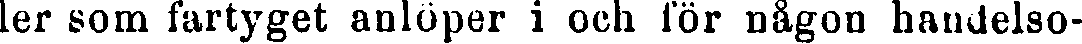
ler som fartyget anlöper i och för någon handelso-